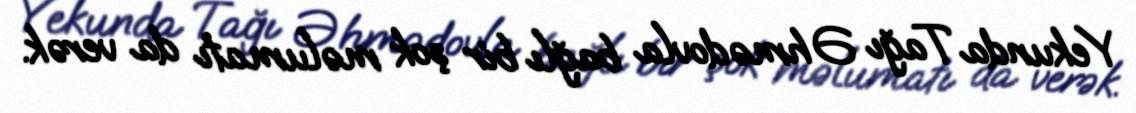
Yekunda Tağı Əhmədovla bağlı bir şok məlumatı da verək.